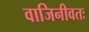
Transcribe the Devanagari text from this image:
वाजिनीवतः